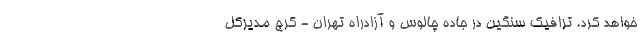
خواهد کرد. ترافیک سنگین در جاده چالوس و آزادراه تهران - کرج مدیرکل